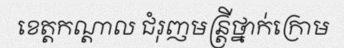
ខេត្តកណ្តាល ជំរុញមន្ត្រីថ្នាក់ក្រោម